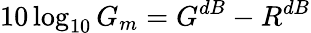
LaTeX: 10\log_{10}G_{m}=G^{dB}-R^{dB}